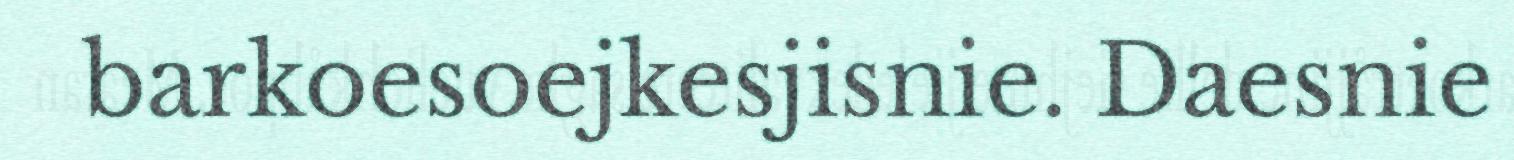
barkoesoejkesjisnie. Daesnie